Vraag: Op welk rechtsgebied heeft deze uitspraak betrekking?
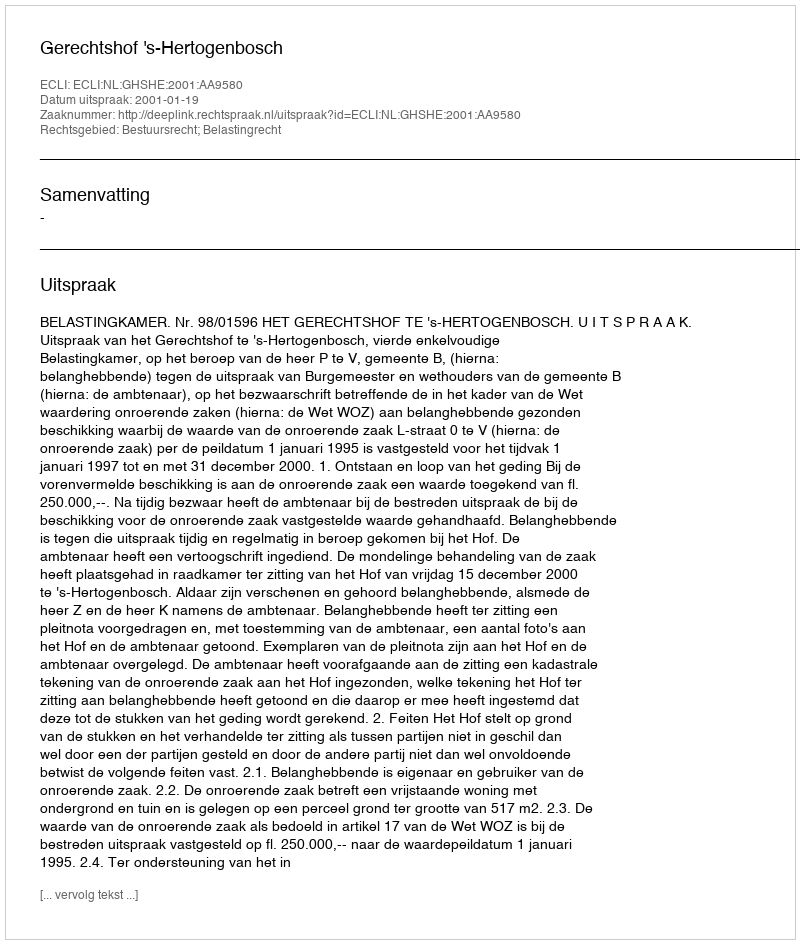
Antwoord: Bestuursrecht; Belastingrecht